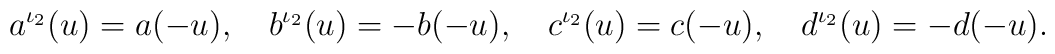
a^{\iota_2}(u)=a(-u),\quad b^{\iota_2}(u)=-b(-u),\quad c^{\iota_2}(u)=c(-u),\quad d^{\iota_2}(u)=-d(-u).